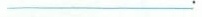
___。